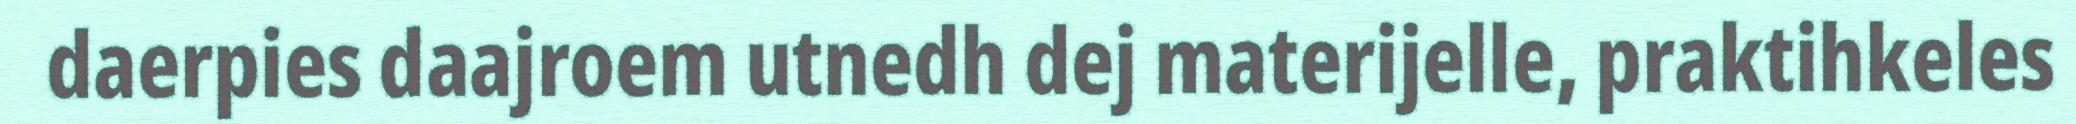
daerpies daajroem utnedh dej materijelle, praktihkeles